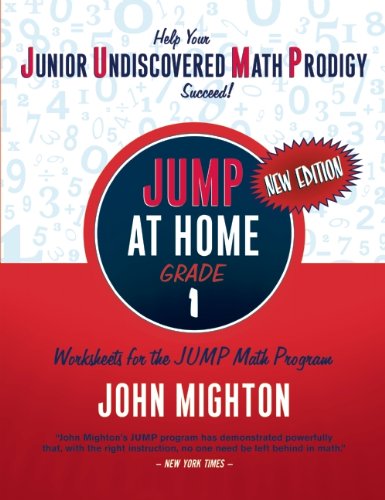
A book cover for JUMP at Home Grade 1: Worksheets for the JUMP Math Program; John Mighton; Science & Math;